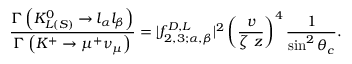
\frac { \Gamma \left( K _ { L ( S ) } ^ { 0 } \rightarrow l _ { \alpha } l _ { \beta } \right) } { \Gamma \left( K ^ { + } \rightarrow \mu ^ { + } \nu _ { \mu } \right) } = | f _ { 2 , 3 ; \alpha , \beta } ^ { D , L } | ^ { 2 } \left( \frac { v } { \zeta \, \, z } \right) ^ { 4 } \frac { 1 } { \sin ^ { 2 } \theta _ { c } } .